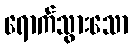
ရောက်သွားသော